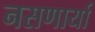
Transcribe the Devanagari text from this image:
नसणार्या